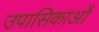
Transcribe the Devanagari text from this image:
उपासिकाओं